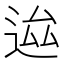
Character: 𨒴